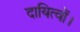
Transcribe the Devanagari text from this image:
दायित्वों।